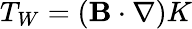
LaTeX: T_{W}=({\mathbf{B}}\cdot\nabla)K